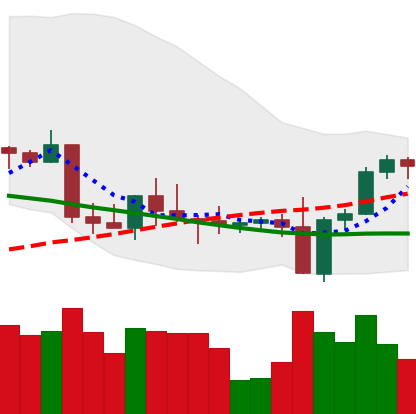
Ticker: BNB-USD
Chart end date: 2022-09-11
Forward return: -6.948%
Label: down_5_7